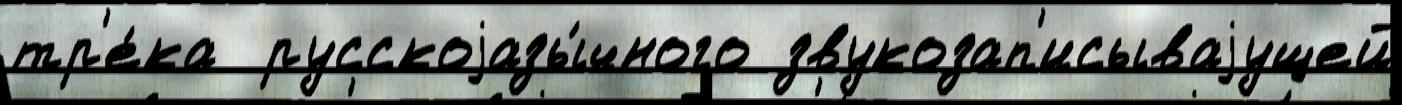
тр'е́ка  русскоjазы́чного звукозап'исываjущей